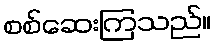
စစ်ဆေးကြသည်။